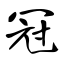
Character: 冠